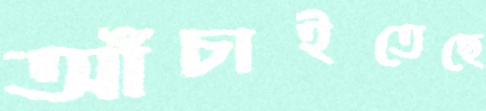
আঁচাইতেছে